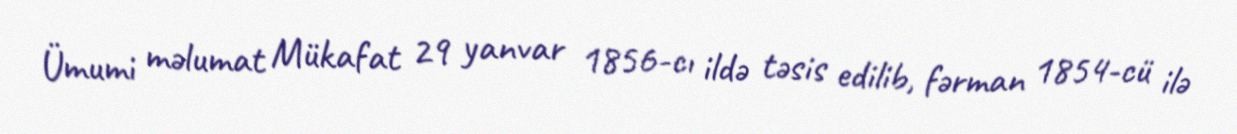
Ümumi məlumat Mükafat 29 yanvar 1856-cı ildə təsis edilib, fərman 1854-cü ilə